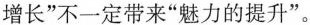
增长”不一定带来“魅力的提升”